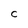
Character: C